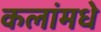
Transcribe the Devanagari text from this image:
कलांमधे